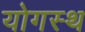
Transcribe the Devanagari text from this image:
योगस्थ